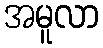
အမူလာ